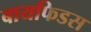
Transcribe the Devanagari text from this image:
बायफिडस